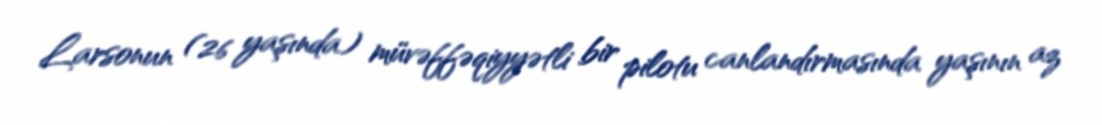
Larsonun (26 yaşında) müvəffəqiyyətli bir pilotu canlandırmasında yaşının az